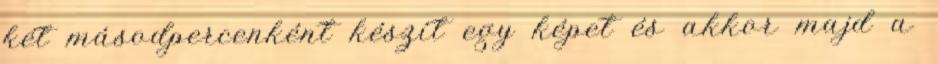
két másodpercenként készít egy képet és akkor majd a